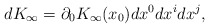
\begin{align*}dK_\infty=\partial_0 K_\infty(x_0) dx^0 dx^i dx^j,\end{align*}